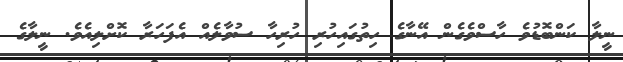
ނީލާ ކަންބޮޑުވެ ހާސްވެގެން އޭނާގެ ހިތުގައިހުރި ހުރިހާ ސުވާލެއް އެފަހަރާ ކޮށްލިއެވެ. ނީލާގެ